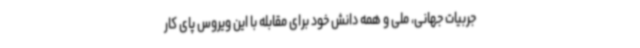
جربیات جهانی، ملی و همه دانش خود برای مقابله با این ویروس پای کار